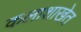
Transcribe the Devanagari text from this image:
कलाशाखेत